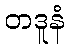
တဒူနံ